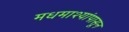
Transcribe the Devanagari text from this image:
मधमाश्यांपासून